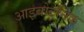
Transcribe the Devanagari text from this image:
आइबोटनिक